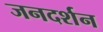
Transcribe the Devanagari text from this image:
जनदर्शन